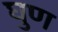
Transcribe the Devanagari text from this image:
घुण